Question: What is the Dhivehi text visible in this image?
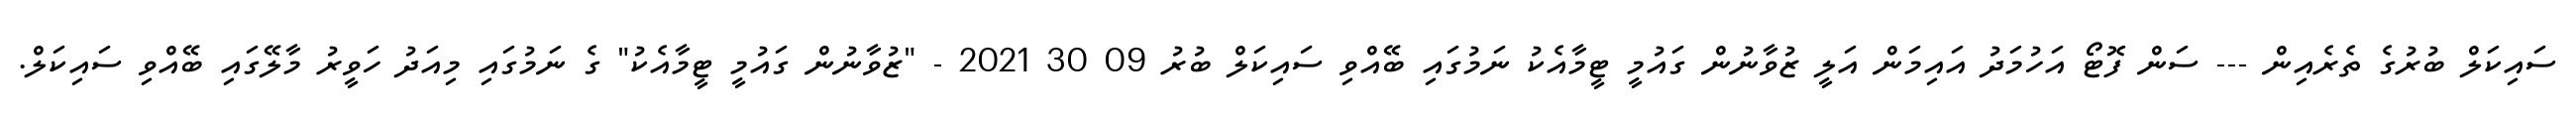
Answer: ސައިކަލް ބުރުގެ ތެރެއިން --- ސަން ފޮޓޯ އަހުމަދު އައިމަން އަލީ ޒުވާނުން ގައުމީ ޓީމާއެކު ނަމުގައި ބޭއްވި ސައިކަލް ބުރު 09 30 2021 - "ޒުވާނުން ގައުމީ ޓީމާއެކު" ގެ ނަމުގައި މިއަދު ހަވީރު މާލޭގައި ބޭއްވި ސައިކަލް.